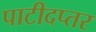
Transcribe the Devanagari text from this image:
पाटीदप्तर